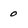
Character: 0